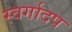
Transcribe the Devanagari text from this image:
स्वर्गादप